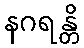
နဂရန္တိ